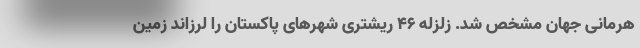
هرمانی جهان مشخص شد. زلزله ۴۶ ریشتری شهرهای پاکستان را لرزاند زمین